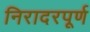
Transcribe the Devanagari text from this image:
निरादरपूर्ण